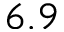
6 . 9